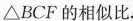
\triangle BCF的相似比.